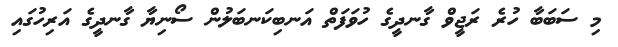
މި ސަބަބާ ހުރެ ރަޖީވް ގާނދީގެ ހުވަފަތް އަނބިކަނބަލުން ސޯނިޔާ ގާނދީގެ އަރިހުގައި